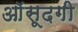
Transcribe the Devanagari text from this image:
आॅसूदगी